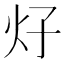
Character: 𰝼